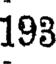
193